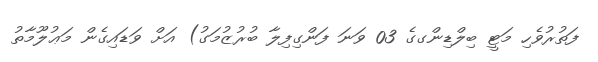
ފަތުރުވެހި މަޓީ ބިލްޑިންގގެ 03 ވަނަ ފަންގިފިލާ ބުރުޒުމަގު) އަށް ވަޑައިގެން މަޢުލޫމާތު